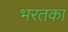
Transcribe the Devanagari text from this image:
भरतका